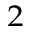
_ { 2 }